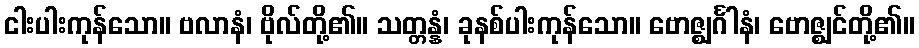
ငါးပါးကုန်သော။ ဗလာနံ၊ ဗိုလ်တို့၏။ သတ္တန္နံ၊ ခုနစ်ပါးကုန်သော။ ဗောဇ္ဈင်္ဂါနံ၊ ဗောဇ္ဈင်တို့၏။